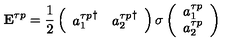
{ \bf E } ^ { \tau p } = { \frac { 1 } { 2 } } \left( \begin{array} { c c } { { a _ { 1 } ^ { \tau p } } ^ { \dagger } } & { { a _ { 2 } ^ { \tau p } } ^ { \dagger } } \\ \end{array} \right) { \bf \sigma } \left( \begin{array} { c } { a _ { 1 } ^ { \tau p } } \\ { a _ { 2 } ^ { \tau p } } \\ \end{array} \right)